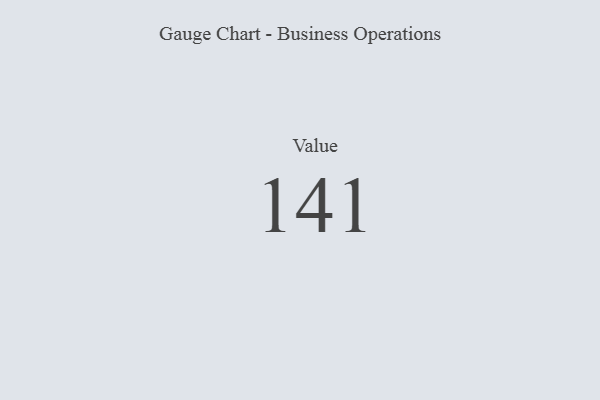
{"axis": {"x": "Metric", "y": "Value"}, "legend": [""], "data": [{"x": "Value", "y": 141, "type": ""}]}